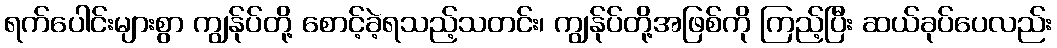
ရက်ပေါင်းများစွာ ကျွန်ုပ်တို့ စောင့်ခဲ့ရသည့်သတင်း၊ ကျွန်ုပ်တို့အဖြစ်ကို ကြည့်ပြီး ဆယ်ခုပ်ပေလည်း